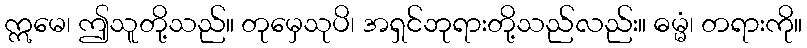
ဣမေ၊ ဤသူတို့သည်။ တုမှေသုပိ၊ အရှင်ဘုရားတို့သည်လည်း။ ဓမ္မံ၊ တရားကို။